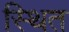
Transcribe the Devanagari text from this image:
स्थित